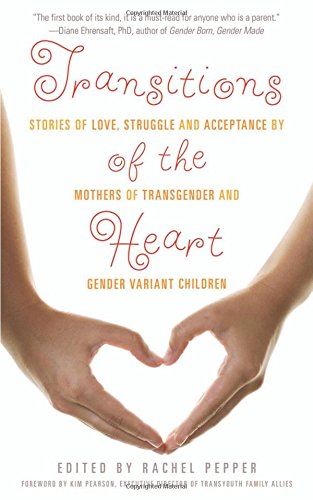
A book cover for Transitions of the Heart: Stories of Love, Struggle and Acceptance by Mothers of Transgender and Gender Variant Children; Gay & Lesbian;